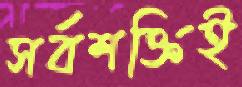
সর্বশক্তিই